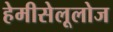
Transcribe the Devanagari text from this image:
हेमीसेलूलोज